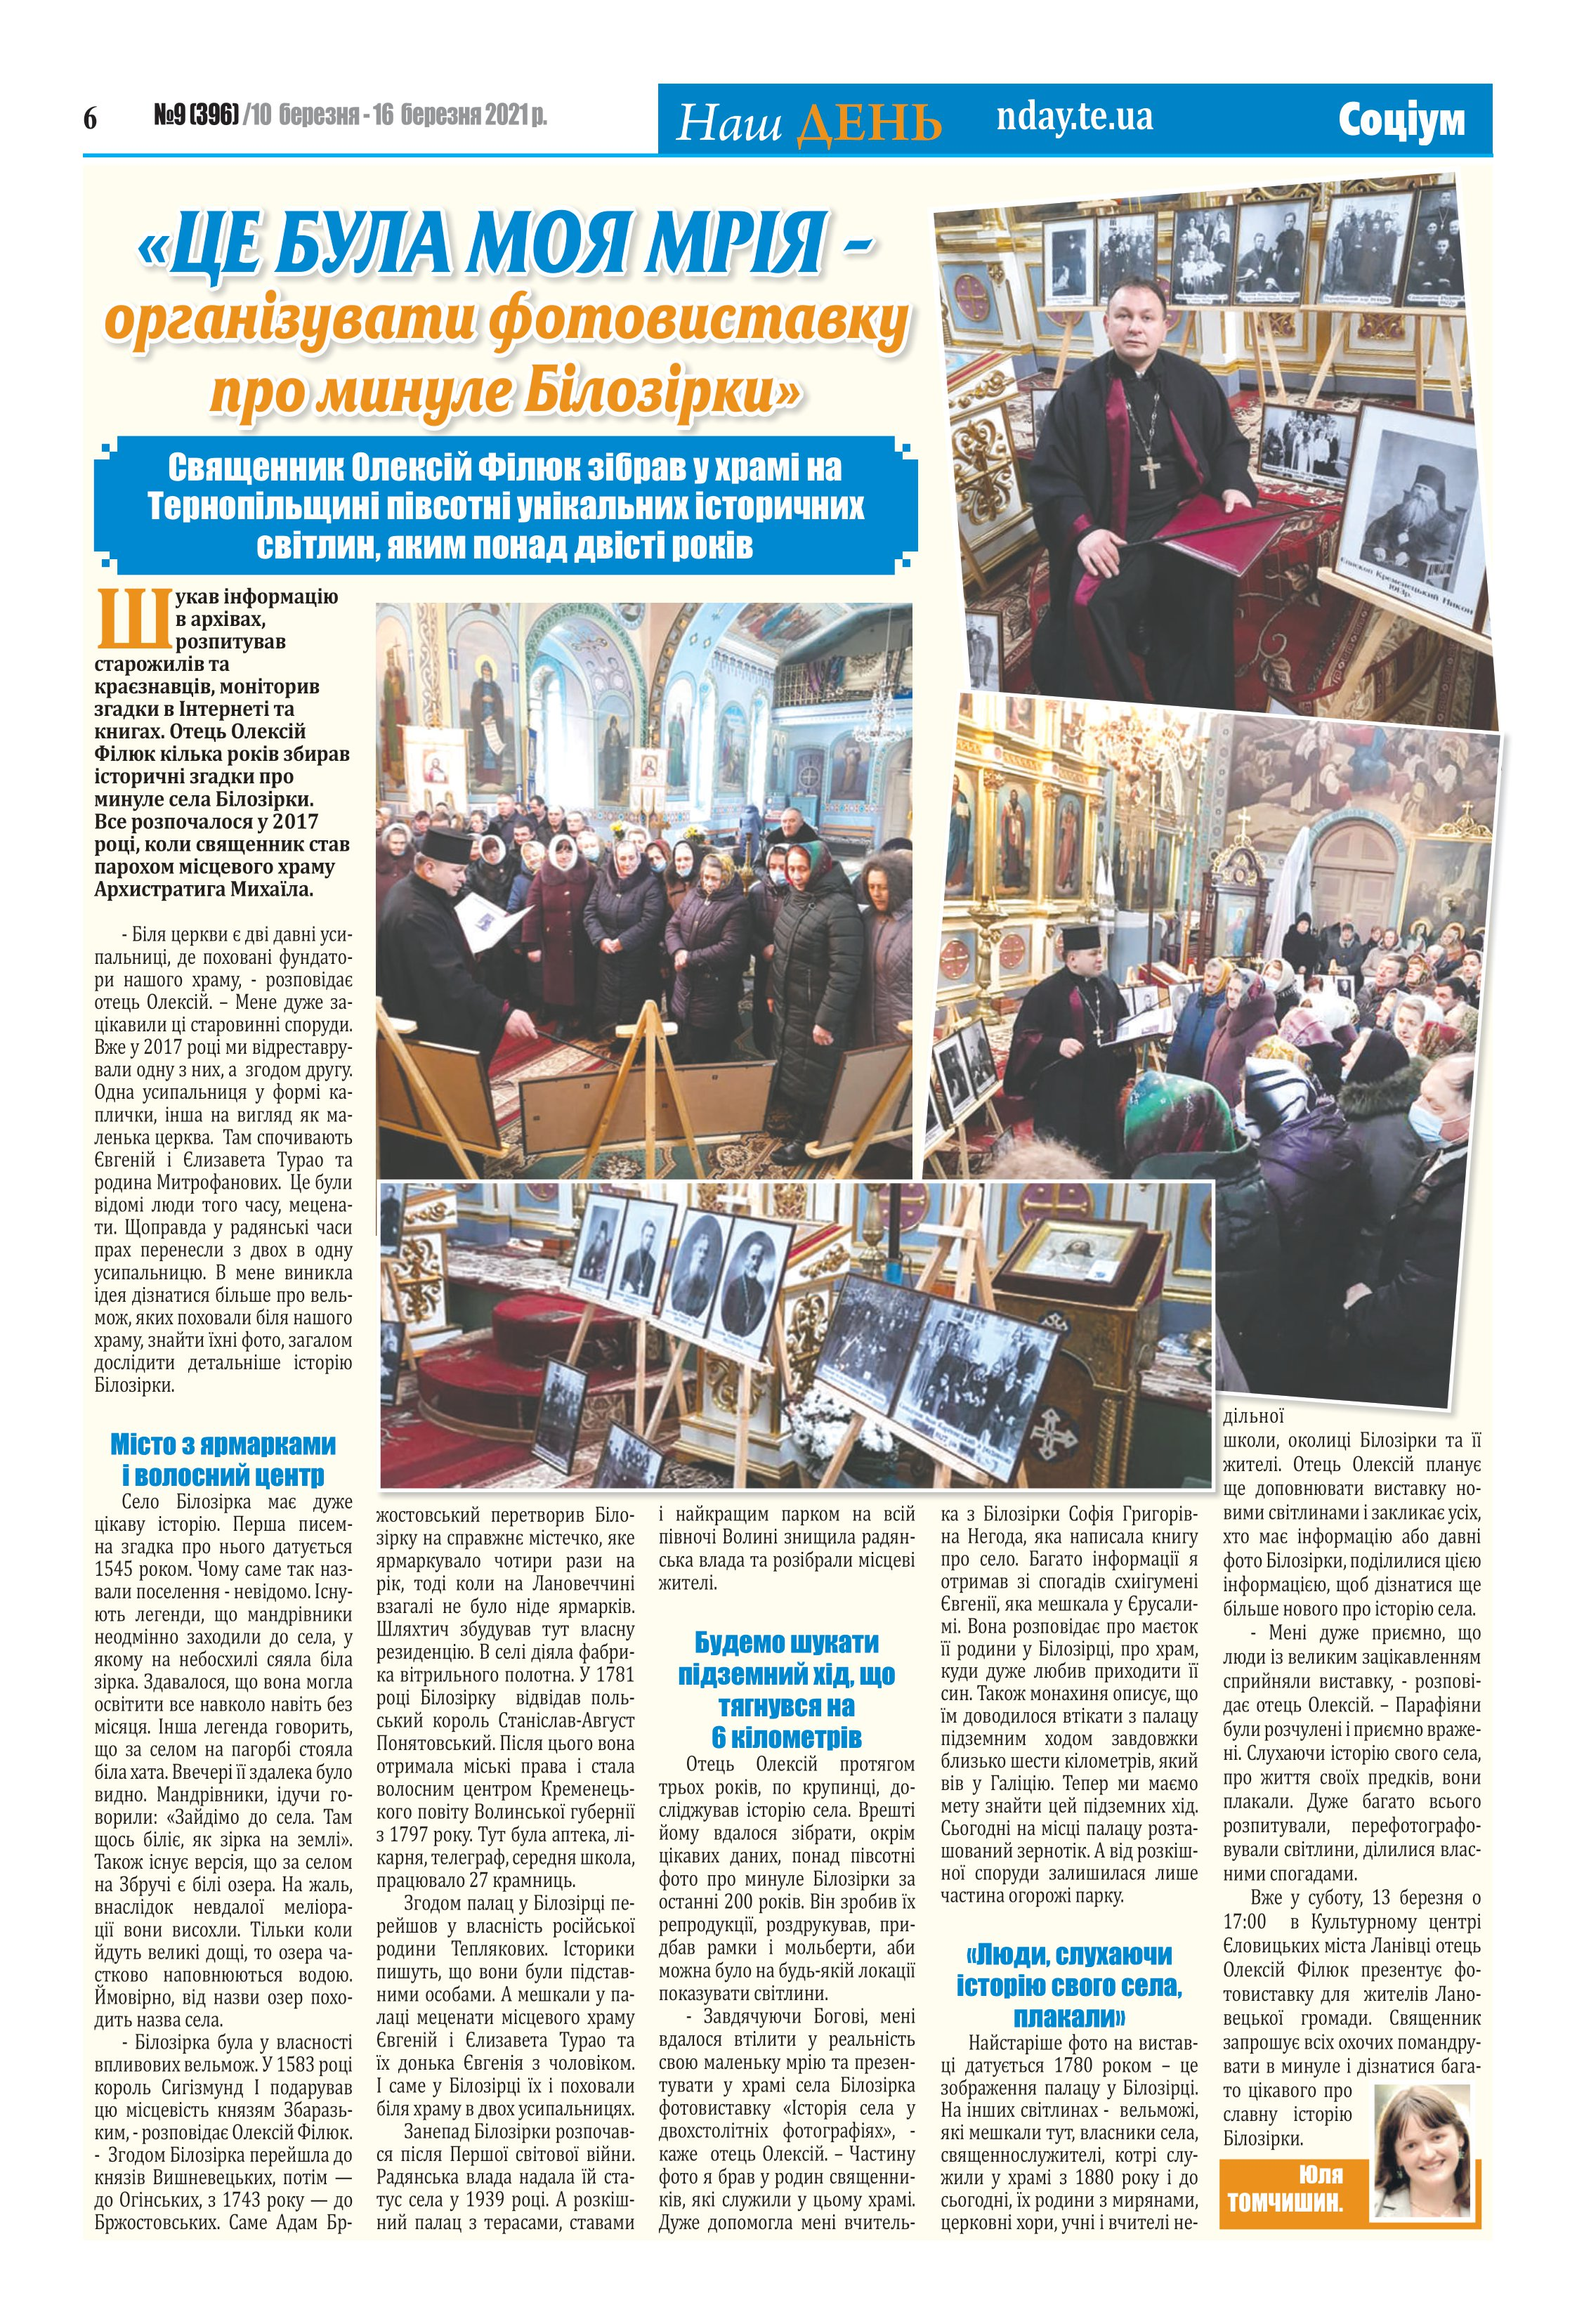
Language: uk